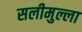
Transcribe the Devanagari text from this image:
सलीमुल्ला